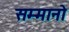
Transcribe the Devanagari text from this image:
सम्मानो